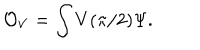
\mathcal { O } _ { V } = \int V ( \pi / 2 ) \Psi .